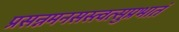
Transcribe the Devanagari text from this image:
प्रसन्नमनसस्त्वत्सुप्रभातं